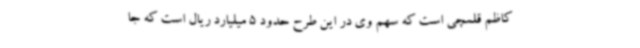
کاظم قلمچی است که سهم وی در این طرح حدود 5 میلیارد ریال است که جا